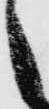
之